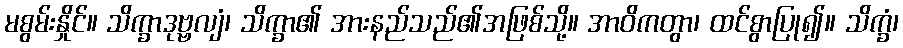
မစွမ်းနှိုင်။ သိက္ခာဒုဗ္ဗလျံ၊ သိက္ခာ၏ အားနည်သည်၏အဖြစ်သို့။ အာဝိကတွာ၊ ထင်စွာပြု၍။ သိက္ခံ၊